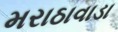
મરાઠાવાડા